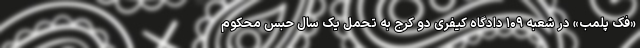
«فک پلمب» در شعبه ۱۰۹ دادگاه کیفری دو کرج به تحمل یک سال حبس محکوم